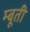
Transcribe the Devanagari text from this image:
म्बूती